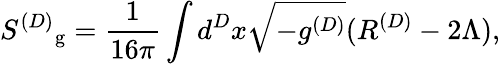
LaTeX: {S^{(D)}}_{\mathrm{g}}=\frac{1}{16\pi}\int d^{D}x\sqrt{-g^{(D)}}(R^{(D)}-2\Lambda),